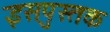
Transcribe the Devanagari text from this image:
इसपुस्तक